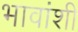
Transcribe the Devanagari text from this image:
भावांशी